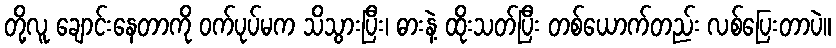
တို့လူ ချောင်းနေတာကို ဝက်ပုပ်မက သိသွားပြီး၊ ဓားနဲ့ ထိုးသတ်ပြီး တစ်ယောက်တည်း လစ်ပြေးတာပဲ။